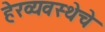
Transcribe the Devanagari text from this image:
हेरव्यवस्थेचे